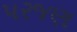
પરજણ